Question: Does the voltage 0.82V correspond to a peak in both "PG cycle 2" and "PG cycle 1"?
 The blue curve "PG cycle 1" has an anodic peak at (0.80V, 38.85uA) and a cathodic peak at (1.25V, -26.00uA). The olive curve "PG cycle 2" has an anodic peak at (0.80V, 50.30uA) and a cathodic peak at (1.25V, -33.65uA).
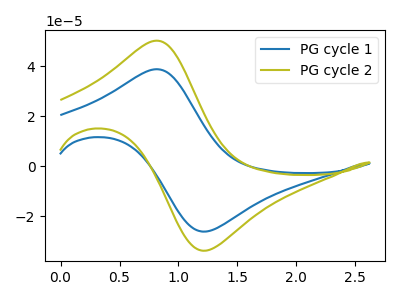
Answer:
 <answer>Yes, "PG cycle 2" and "PG cycle 1" share a peak at 0.82V.</answer>
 <eval>match</eval>